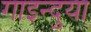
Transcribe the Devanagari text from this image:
गाइन्दुया